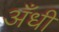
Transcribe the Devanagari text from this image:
अँधी